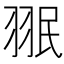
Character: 𱻘